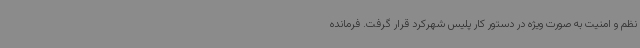
نظم و امنیت به صورت ویژه در دستور کار پلیس شهرکرد قرار گرفت. فرمانده